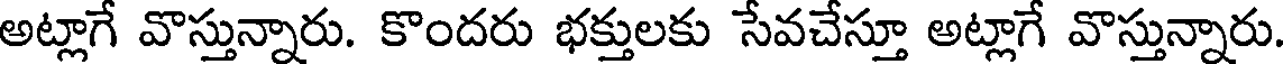
అట్లాగే వొస్తున్నారు. కొందరు భక్తులకు సేవచేస్తూ అట్లాగే వొస్తున్నారు